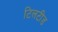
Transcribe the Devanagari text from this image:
टिलटीड